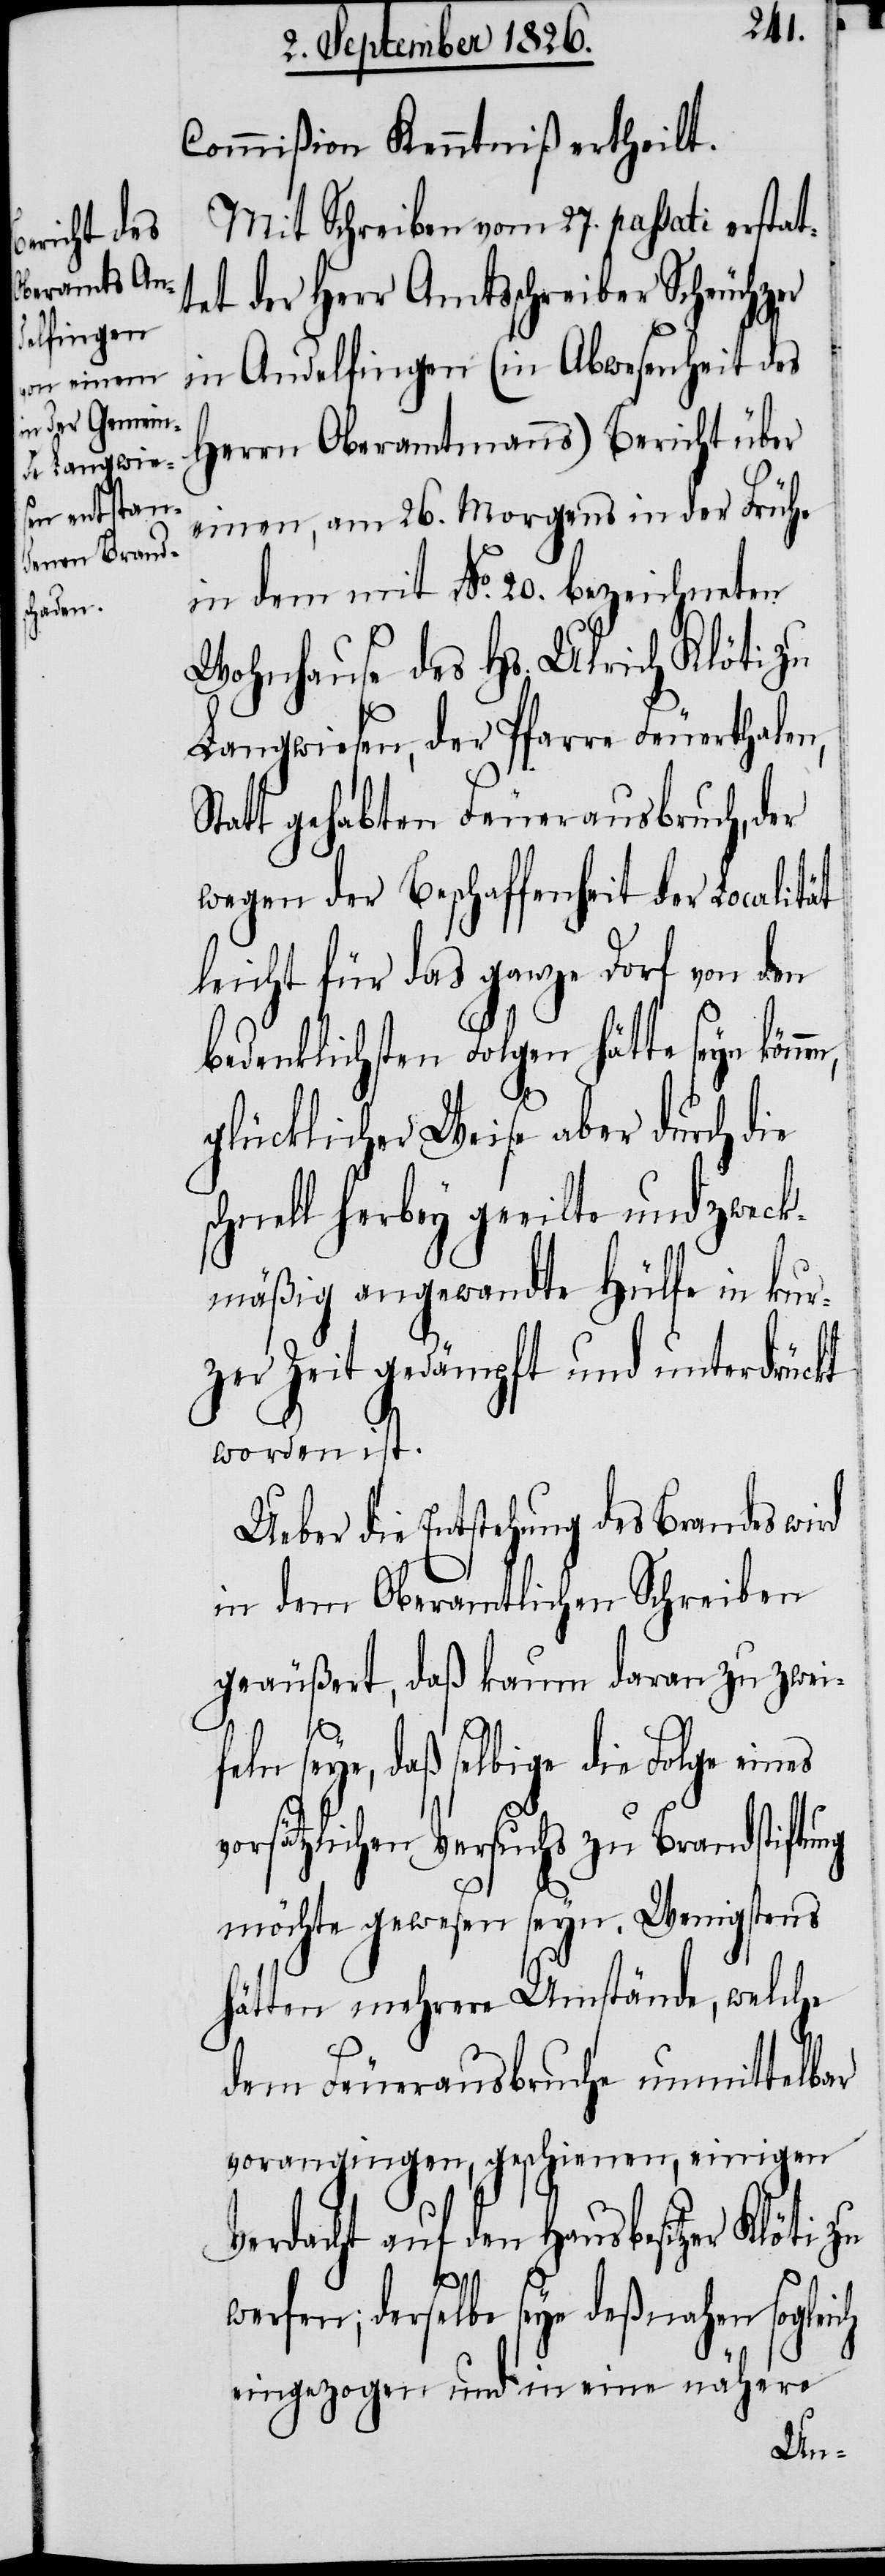
Commißion Kenntniß ertheilt.
Mit Schreiben vom 26. passati erstat¬
tet der Herr Amtsschreiber Scheuchzer
in Andelfingen (in Abwesenheit des
Herrn Oberamtmanns) Bericht über
einen, am 26. Morgens in der Frühe
in dem mit No. 20. bezeichneten
Wohnhause des Hs. Ulrich Klöti zu
Langwiesen, der Pfarre Feuerthalen,
Statt gehabten Feuerausbruch, der
wegen der Beschaffenheit der Localität
leicht für das ganze Dorf von den
bedenklichsten Folgen hätte seyn kön¬
glücklicher Weise aber durch die
chnell herbey geeilte und zweck¬
mäßig angewandte Hülfe in kur¬
zer Zeit gedämpft und unterdrückt
worden ist.
Ueber die Entstehung des Brandes wird
in dem Oberamtlichen Schreiben
geäußert, daß kaum dran zu zwei¬
feln seye, daß selbige die Folge eines
vorsätzlichen Versuchs zu Brandstiftung
möchte gewesen seyn. Wenigstens
hätten mehrere Umstände, welche
dem Feuerausbruche unmittelbar
vorangingen, geschienen, einigen
Verdacht auf den Hausbesitzer
Klöti
werfen; derselbe seye deßnahen sogleich
eingezogen und in eine nähere